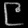
Digit: ၉